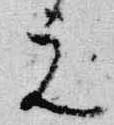
元